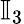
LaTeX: \mathbb{I}_{3}